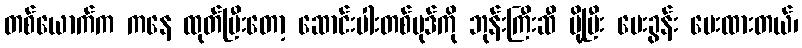
တစ်ယောက်က ကနေ ထုတ်ပြီးတော့ ဆောင်းပါးတစ်ပုဒ်ကို ဘုန်းကြီးဆီ ပို့ပြီး မေးခွန်း မေးထားတယ်၊